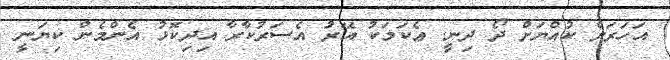
އަހަރަށް ކުއްޔަށް ދޯ ދިނީ. ޢެކަމަކު އޭރުަ އެސަރުކާރާ އިދިކޮޅު އެންމެން ކިޔަނީ